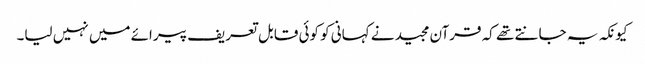
کیونکہ یہ جانتے تھے کہ قرآن مجید نے کہانی کو کوئی قابل تعریف پیرائے میں نہیں لیا۔